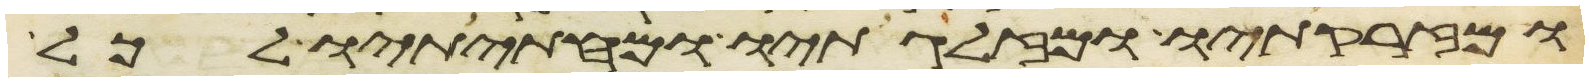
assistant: ומזרקתיו ומזלגתיו ומחתיתיו לכל